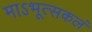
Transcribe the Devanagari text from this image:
माऽभूत्सकलं